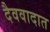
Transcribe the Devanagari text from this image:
दैववादात